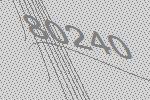
80240